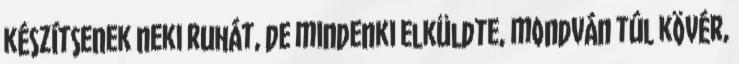
készítsenek neki ruhát, de mindenki elküldte, mondván túl kövér,